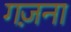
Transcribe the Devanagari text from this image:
गज़ना